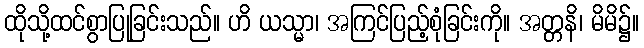
ထိုသို့ထင်စွာပြုခြင်းသည်။ ဟိ ယသ္မာ၊ အကြင်ပြည့်စုံခြင်းကို။ အတ္တနိ၊ မိမိ၌။